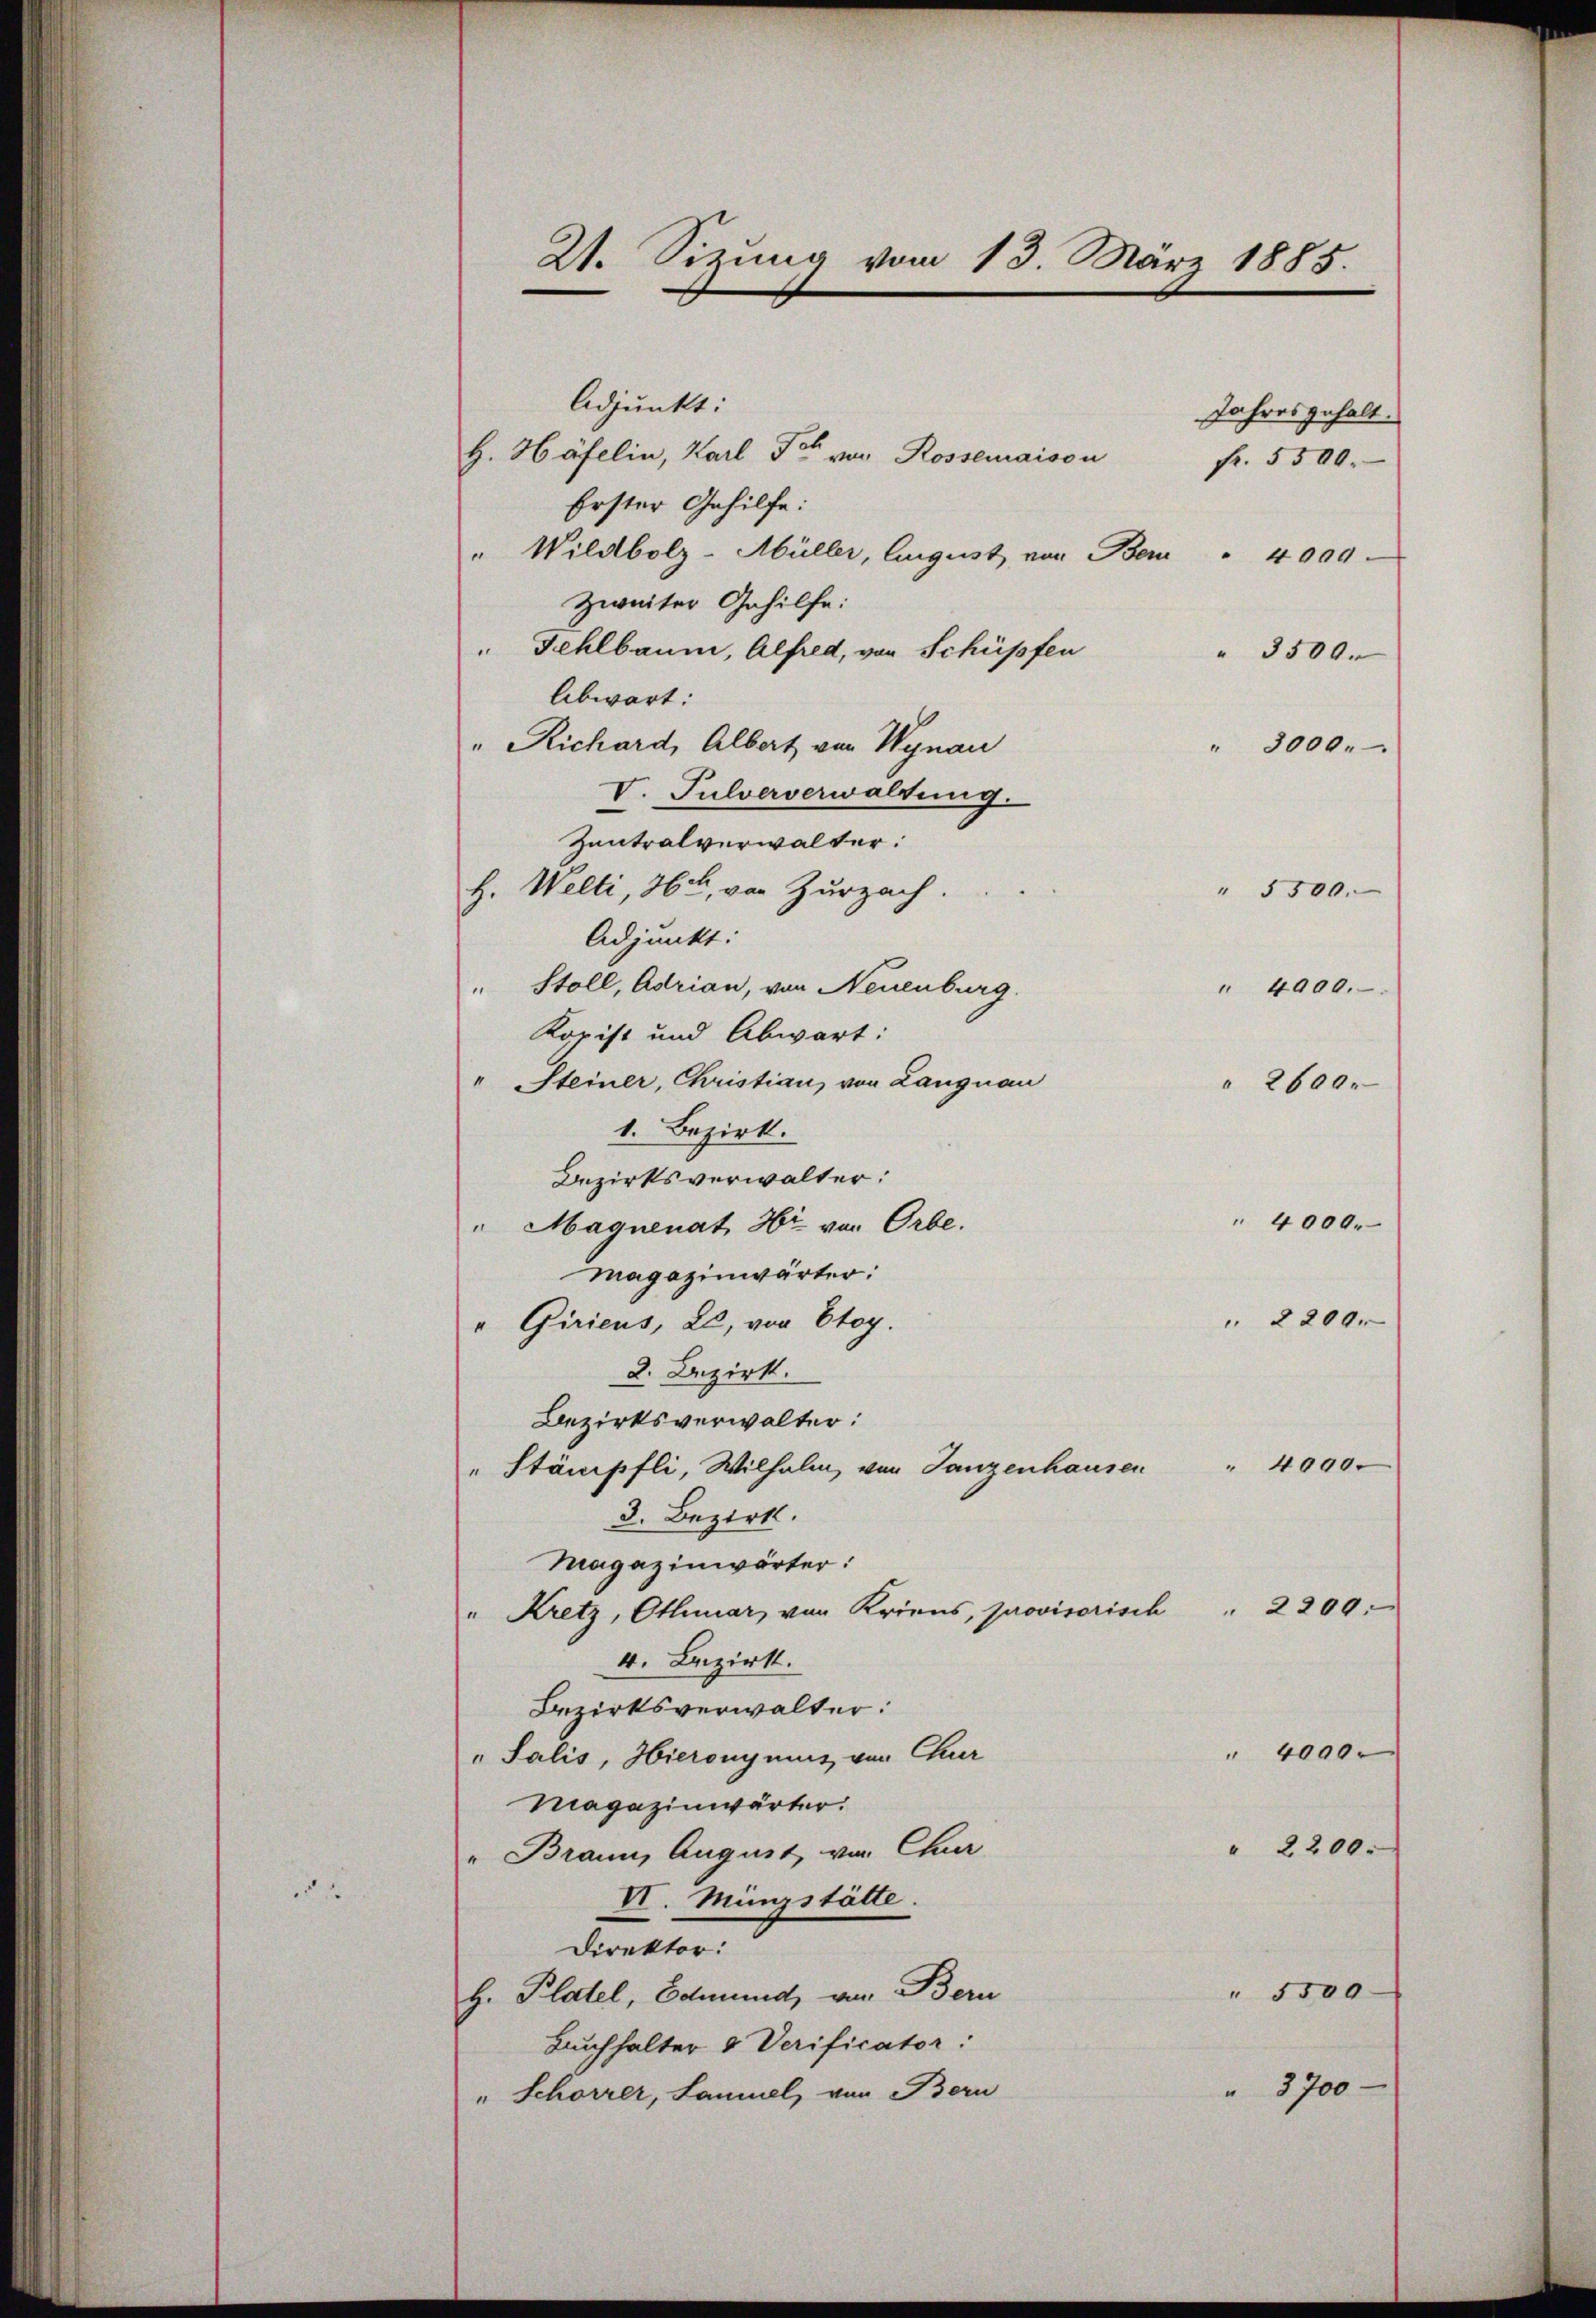
Adjunkt:
Jahres gehalt.
H. Häfelin, Karl Tor von Rossemaison
Erster Gehilfe:
" Wildbolz-Müller, August von Bern" 4000.
Zweiter Gehilfe:
"Fehlbaum, Alfred, von Schüpfen
" 3500.
Abwart:
" Richard, Albert von Wynau
" 3000.
V. Pulververwaltung.
Zentralverwalter:
H. Welti, 36, von Zurzach.
Adjunkt:
" Stoll, Adrian, von Neuenburg.
Kopist und Abwart:
" Steiner, Christian, von Langnau
1. Bezirk.
Bezirksverwalter:
" Magnenat Hr. von Orbe.
Magazinwärter:
" Giriens, 22, von Etoy.
2. Bezirk.
Bezirksverwalter:
4090.
"Stämpfli, Wilhelm, von Ganzenhausen
3. Bezirk.
Magazinwärter:
 2200.
"Kretz, Othmar, von Kriens, provisorisch
4. Bezirk.
Bezirksverwalter:
" 4000.
" Salis, Hieronymus von Chur
Magazinwärter.
" 2200.
" Braun, August, von Chur
VI. Münzstätte.
Direktor:
" 5500
H. Platel, Edmund, von Bern
Buchhalter & Verificator:
" 3700
" Schorrer, Kammel, von Bern

21. Sizung vom 13. März 1885.

" 4000.
" 2200.

Fr. 5500.

" 5500.
" 4000.
 2600.